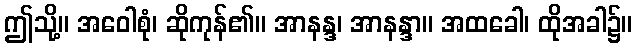
ဤသို့။ အဝေါစုံ၊ ဆိုကုန်၏။ အာနန္ဒ၊ အာနန္ဒာ။ အထခေါ၊ ထိုအခါ၌။